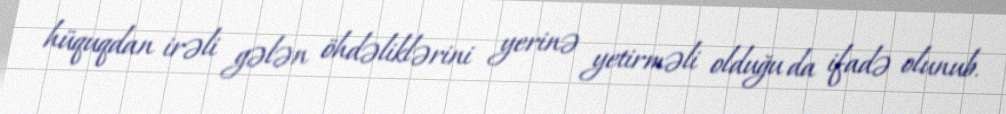
hüquqdan irəli gələn öhdəliklərini yerinə yetirməli olduğu da ifadə olunub.